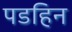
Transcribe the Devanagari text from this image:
पडहिन